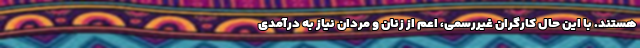
هستند. با این حال کارگران غیررسمی، اعم از زنان و مردان نیاز به درآمدی